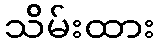
သိမ်းထား